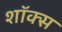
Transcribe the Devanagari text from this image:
शॉक्स